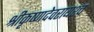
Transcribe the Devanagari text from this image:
श्रीकृष्णदेवरायश्च